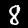
Label: 8